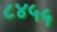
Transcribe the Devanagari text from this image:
८४५५